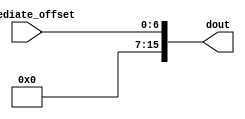
module alu_movn(
  input wire  [6:0] immediate_offset,
  output wire  [15:0] dout);
  
  assign dout = immediate_offset;
  
endmodule